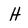
Character: H